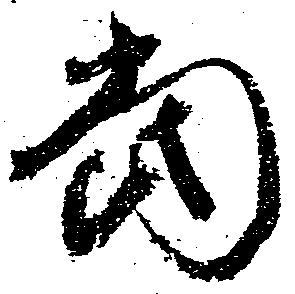
当